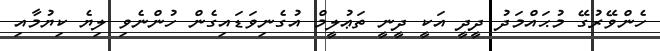
ހެންވޭރުގޭ މުޙައްމަދު ދީދީ އަކީ ދީނީ ތަޢުލީމް އުގެނިވަޑައިގެން ހުންނެވި ލިޔެ ކިޔުމާއި